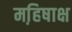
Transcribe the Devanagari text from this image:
महि़षाक्ष